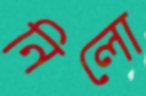
নিলো